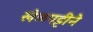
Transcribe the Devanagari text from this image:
खेळपट्टीने